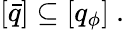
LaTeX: [\bar{q}]\subseteq[q_{\phi}]\ .